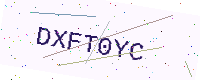
Text: DXFT0YC